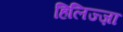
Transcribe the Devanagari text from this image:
हिलिज्ज़ा